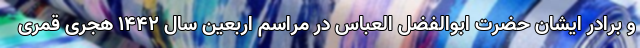
و برادر ایشان حضرت ابوالفضل العباس در مراسم اربعین سال ۱۴۴۲ هجری قمری